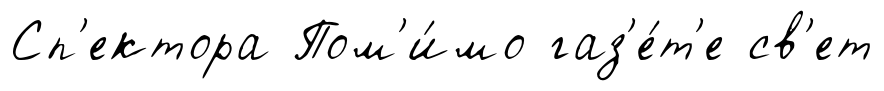
Сп'ектора Пом'и́мо газ'е́т'е св'ет